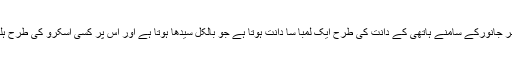
اس جانور کی خاص بات یہ ہے کہ نر جانورکے سامنے ہاتھی کے دانت کی طرح ایک لمبا سا دانت ہوتا ہے جو بالکل سیدھا ہوتا ہے اور اس پر کسی اسکرو کی طرح ہلکی سی پیچ دار چوڑی بنی ہوتی ہے۔